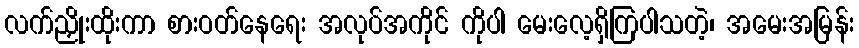
လက်ညှိုးထိုးကာ စားဝတ်နေရေး အလုပ်အကိုင် ကိုပါ မေးလေ့ရှိကြပါသတဲ့၊ အမေးအမြန်း